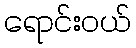
ရောင်းဝယ်